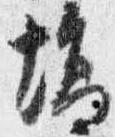
場